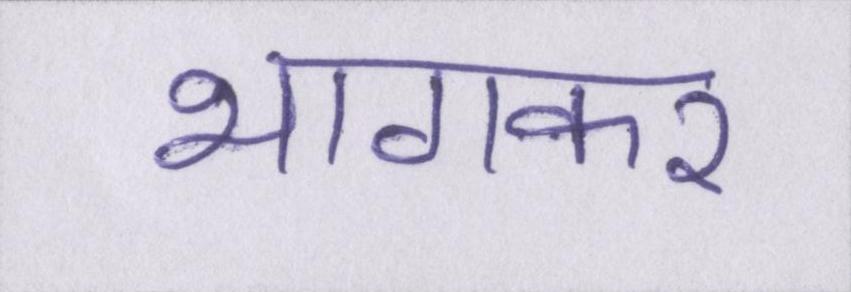
भागकर